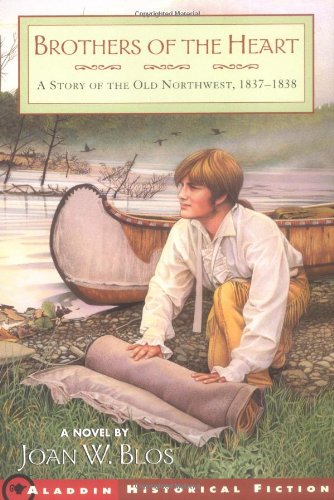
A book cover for Brothers Of The Heart: A Story Of The Old Northwest  18371838; Joan W. Blos; Teen & Young Adult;